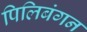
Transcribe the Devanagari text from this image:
पिलिबंगन